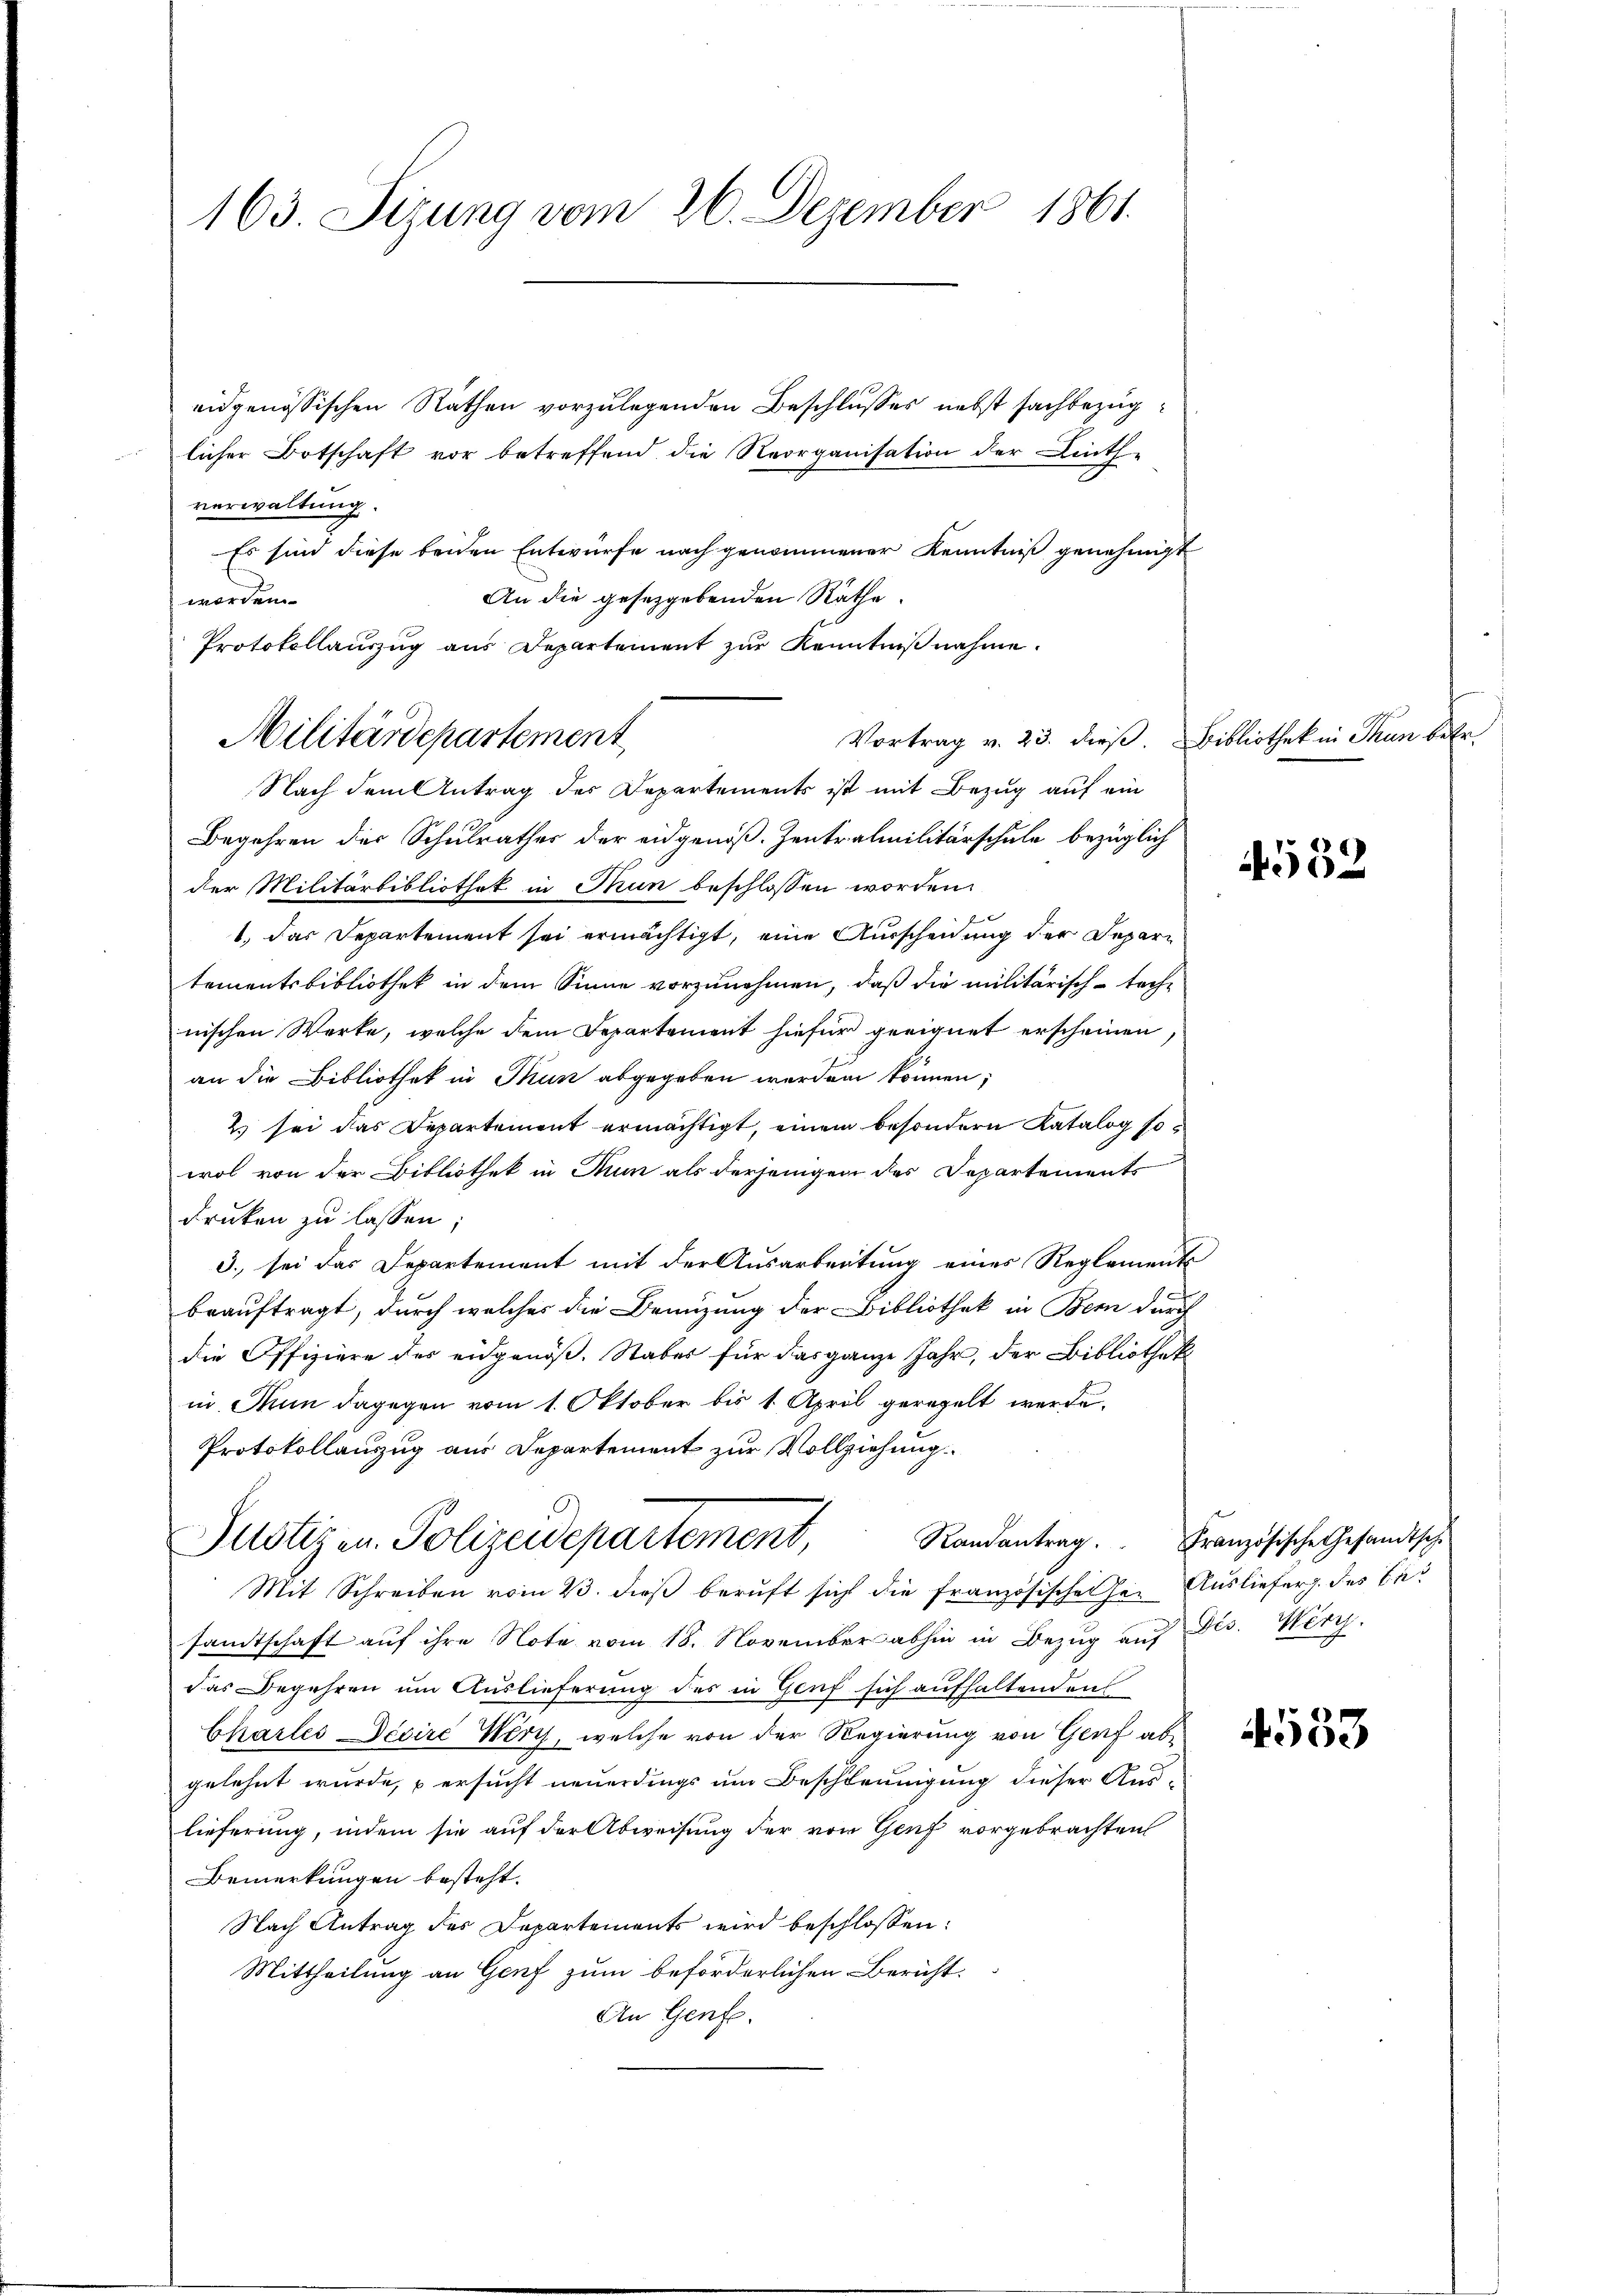
163. Sizung vom 26. Dezember 1861.

eidgenössischen Räthen vorzulegenden Beschlusses nebst sachbezüglicher Botschaft vor betreffend die Reorganisation der Linth-
verwaltung.
Es sind diese beiden Entwürfe nach genommener Kenntniß genehmigt
An die gesetzgebenden Räthe.
worden.
Protokollauszug aus Departement zur Kenntniß nahme.
Vortrag v. 23. dieß. Bibliothek in Thun betr.
Nach dem Antrag des Departements ist mit Bezug auf ein
Begehren der Schulrathes der eidgenöß. Zentralmilitärschule bezüglich
der Militärbibliothek in Thun beschlossen worden
1.) Das Departement sei ermächtigt, eine Ausscheidung der Departementsbibliothek in dem Sinne vorzunehmen, daß die militärisch-teche
nischen Werke, welche dem Departement hiefür geeignet erscheinen,
an die Bibliothek in Thun abgegeben werden können;
2 sei das Departement ermächtigt, einem besondern Katalog so
wol von der Bibliothek in Thun als derjenigen des Departements
druken zu lassen.
3. sei das Departement mit der Ausarbeitung eines Reglements
beauftragt, durch welches die Benuzung der Bibliothek in Bern durch
die Offiziere des eidgenöß. Stabes für das ganze Jahr, der Bibliothek
in. Nun dagegen vom 1. Oktober bis 1. April geregelt werde.
Protokollanzug aus Departement zur Vollziehung.
Randantrag. Französische Gesandtsche
Justizen Polizeidepartement,
Mit Schreiben vom 23. dieβ beruft sich die französischen her Auslieferg. des Besandtschaft auf ihre Note vom 18. November abhin in Bezug auf Dis. Werg
das Begehren um Auslieferung des in Genf sich aufhaltenden
Charles Decire Wert, welche von der Regierung von Genf abgelehnt wurde, u ersucht neuerdings um Beschleunigung dieser Auslieferung, indem sie auf der Abweisung der von Genf vorgebrachten
Bemerkungen besteht.
Nach Antrag des Departements wird beschlossen:
Mittheilung an Genf zum beförderlichen Bericht.
An Genfe

Militärdepartement

e
50

4533